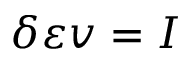
\delta \varepsilon v = I